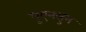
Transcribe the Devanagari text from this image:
पुएनसुम